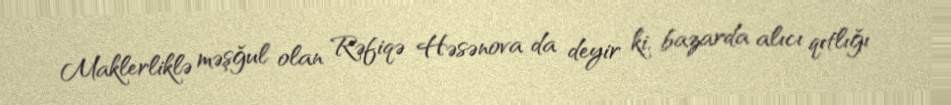
Maklerliklə məşğul olan Rəfiqə Həsənova da deyir ki, bazarda alıcı qıtlığı